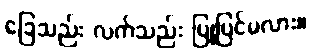
ခြေသည်း လက်သည်း ပြုပြင်မလား။